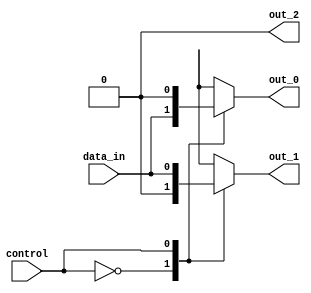
module demux (
    input wire data_in,
    input wire control,
    output reg out_0,
    output reg out_1,
    output reg out_2
);

always @(*)
begin
    case (control)
        2'b00: begin
            out_0 = data_in;
            out_1 = 1'b0;
            out_2 = 1'b0;
        end
        2'b01: begin
            out_0 = 1'b0;
            out_1 = data_in;
            out_2 = 1'b0;
        end
        2'b10: begin
            out_0 = 1'b0;
            out_1 = 1'b0;
            out_2 = data_in;
        end
        default: begin
            out_0 = 1'b0;
            out_1 = 1'b0;
            out_2 = 1'b0;
        end
    endcase
end
endmodule